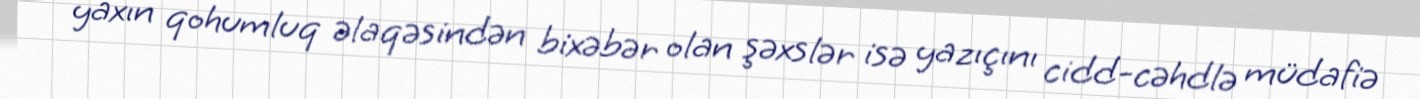
yaxın qohumluq əlaqəsindən bixəbər olan şəxslər isə yazıçını cidd-cəhdlə müdafiə